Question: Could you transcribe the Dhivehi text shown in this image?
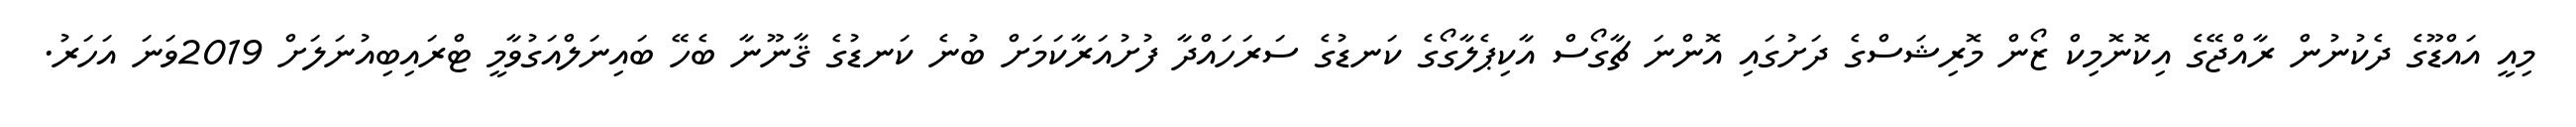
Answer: މިއީ އައްޑޫގެ ދެކުނުން ރާއްޖޭގެ އިކޮނޮމިކް ޒޯން މޮރިޝަސްގެ ދަށުގައި އޮންނަ ޗާގޯސް އާކިޕެލާގޯގެ ކަނޑުގެ ސަރަހައްދާ ފުށުއަރާކަމަށް ބުނެ ކަނޑުގެ ޤާނޫނާ ބެހޭ ބައިނަލްއަގުވާމީ ޓްރައިބިއުނަލަށް 2019ވަނަ އަހަރު.